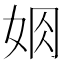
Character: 𡜃